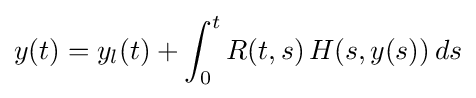
y(t)=y_{l}(t)+\int _{0}^{t}R(t,s)\,H(s,y(s))\,ds